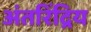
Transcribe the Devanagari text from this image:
अंतरिंद्रिय